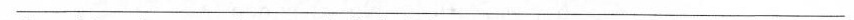
___